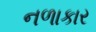
નળાકાર